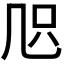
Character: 𠙂